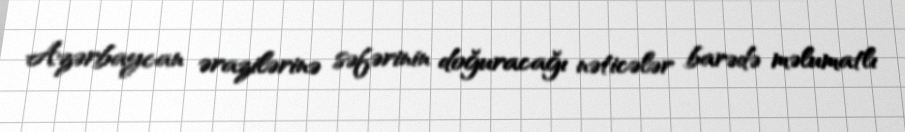
Azərbaycan ərazilərinə səfərinin doğuracağı nəticələr barədə məlumatlı